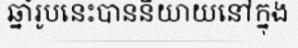
ឆ្នាំរូបនេះបាននិយាយនៅក្នុង